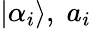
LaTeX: |\alpha_{i}\rangle,\; a_{i}